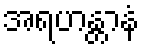
အရဟန္တာနံ